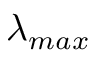
\lambda _ { m a x }